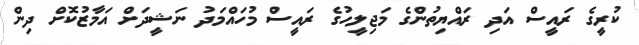
ކުރީގެ ރައީސް އަދި ރައްޔިތުންގެ މަޖިލީހުގެ ރައީސް މުހައްމަދު ނަޝީދަށް އަމާޒުކޮށް ދިން